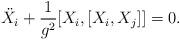
LaTeX: \begin{align*} \ddot{X}_i+\frac{1}{g^2}[X_i,[X_i,X_j]]=0.\end{align*}